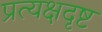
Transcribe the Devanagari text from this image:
प्रत्यक्षदृष्ट